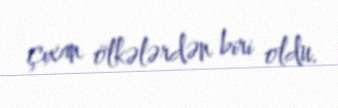
çıxan ölkələrdən biri oldu.